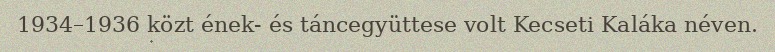
1934–1936 közt ének- és táncegyüttese volt Kecseti Kaláka néven.